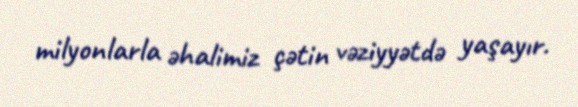
milyonlarla əhalimiz çətin vəziyyətdə yaşayır.